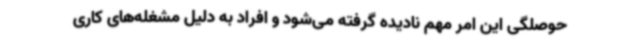
حوصلگی این امر مهم نادیده گرفته می‌شود و افراد به دلیل مشغله‌های کاری